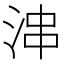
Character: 𱦝